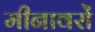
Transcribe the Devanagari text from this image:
मीनावरों